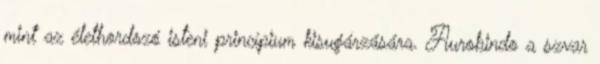
mint az élethordozó isteni princípium kisugárzására. Aurobindo a szvar